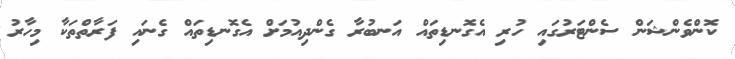
ކޮންވެންޝަން ސެންޓަރުގައި ހުރި އެގޮނޑިތައް އަނބުރާ ގެންދިއުމަށް އެގޮނޑިތައް ގެނައި ފަރާތްތަކާ މިހާރު